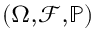
\scriptstyle ( \Omega , { \mathcal { F } } , \mathbb { P } )